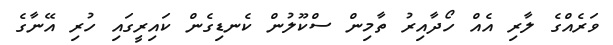
ވަރެއްގެ ލާރި އެއް ހޯދާއިރު ތާމިން ސްކޫލުން ކެނޑިގެން ކައިރީގައި ހުރި އޭނާގެ